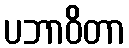
ပဘာဝိတာ